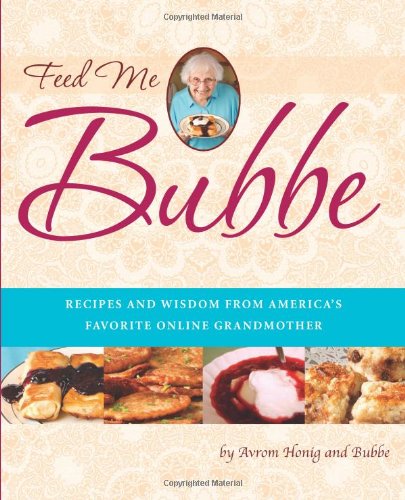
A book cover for Feed Me Bubbe: Recipes and Wisdom from America's Favorite Online Grandmother; Bubbe; Cookbooks, Food & Wine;